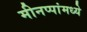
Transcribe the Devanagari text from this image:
मीनप्पांमध्ये